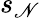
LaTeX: s_{\mathscr{N}}